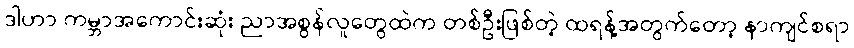
ဒါဟာ ကမ္ဘာအကောင်းဆုံး ညာအစွန်လူတွေထဲက တစ်ဦးဖြစ်တဲ့ ထရန့်အတွက်တော့ နာကျင်စရာ